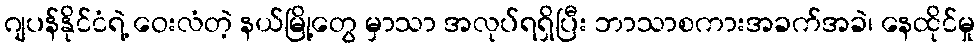
ဂျပန်နိုင်ငံရဲ့ ဝေးလံတဲ့ နယ်မြို့တွေ မှာသာ အလုပ်ရရှိပြီး ဘာသာစကားအခက်အခဲ၊ နေထိုင်မှု